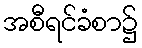
အစီရင်ခံစာ၌